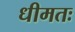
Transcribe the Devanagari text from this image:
धीमतः